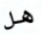
هل